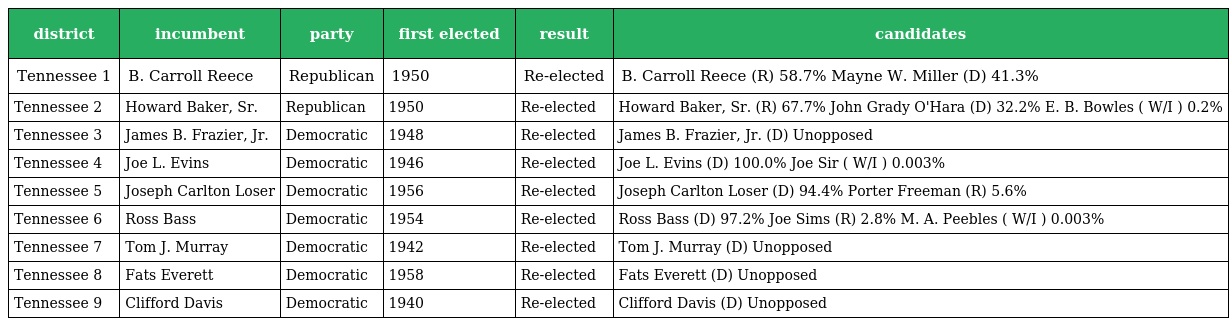
| district | incumbent | party | first elected | result | candidates |
 | --- | --- | --- | --- | --- | --- |
 | Tennessee 1 | B. Carroll Reece | Republican | 1950 | Re-elected | B. Carroll Reece (R) 58.7% Mayne W. Miller (D) 41.3% |
 | Tennessee 2 | Howard Baker, Sr. | Republican | 1950 | Re-elected | Howard Baker, Sr. (R) 67.7% John Grady O'Hara (D) 32.2% E. B. Bowles ( W/I ) 0.2% |
 | Tennessee 3 | James B. Frazier, Jr. | Democratic | 1948 | Re-elected | James B. Frazier, Jr. (D) Unopposed |
 | Tennessee 4 | Joe L. Evins | Democratic | 1946 | Re-elected | Joe L. Evins (D) 100.0% Joe Sir ( W/I ) 0.003% |
 | Tennessee 5 | Joseph Carlton Loser | Democratic | 1956 | Re-elected | Joseph Carlton Loser (D) 94.4% Porter Freeman (R) 5.6% |
 | Tennessee 6 | Ross Bass | Democratic | 1954 | Re-elected | Ross Bass (D) 97.2% Joe Sims (R) 2.8% M. A. Peebles ( W/I ) 0.003% |
 | Tennessee 7 | Tom J. Murray | Democratic | 1942 | Re-elected | Tom J. Murray (D) Unopposed |
 | Tennessee 8 | Fats Everett | Democratic | 1958 | Re-elected | Fats Everett (D) Unopposed |
 | Tennessee 9 | Clifford Davis | Democratic | 1940 | Re-elected | Clifford Davis (D) Unopposed |